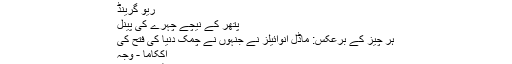
خرگوش گوشت - فائدہ
ریو گرینڈ
پتھر کے نیچے چہرے کی پینل
ہر چیز کے برعکس: ماڈل انوائیلز نے جنہوں نے چمک دنیا کی فتح کی
اککاما - وجہ
بلیوں کے لئے کتنے عرصے تک اکٹھا ہوتا ہے؟